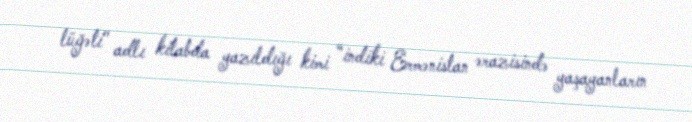
lüğəti" adlı kitabda yazıldığı kimi “indiki Ermənistan ərazisində yaşayanların